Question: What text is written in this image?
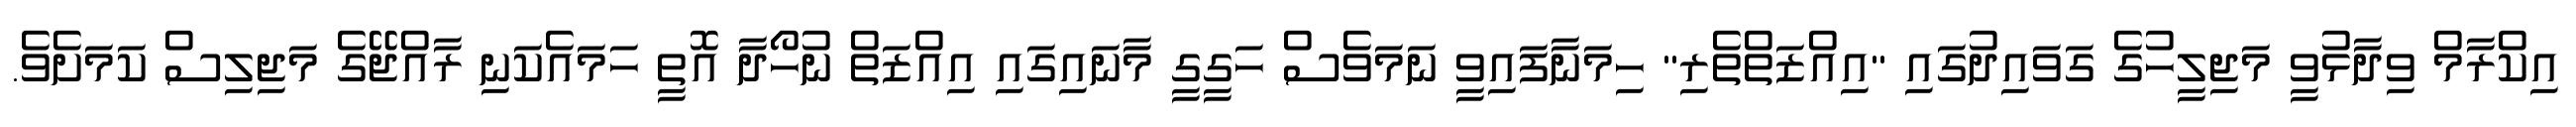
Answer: އިކްރާމް ވިދާޅުވީ މަޖިލީހުގެ ގަވައިދުގައި "އިއްޒަތްތެރި" ހިމަނާފައިވީ ނަމަވެސް ހަގީގީ މާނައިގައި އިއްޒަތް ނުހޯދާ އޮތީ ހަމައެކަނި ރާއްޖޭގެ މަޖިލިސް ކަމަށެވެ.